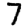
Digit: 7